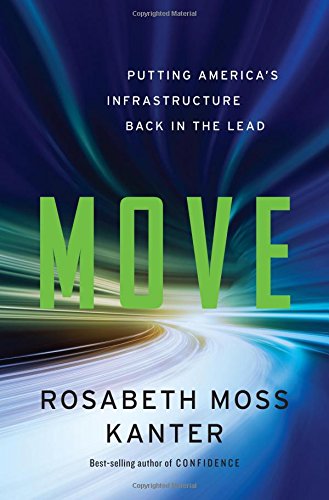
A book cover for Move: Putting America's Infrastructure Back in the Lead; Rosabeth Moss Kanter; Business & Money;